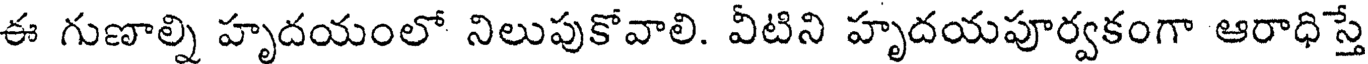
ఈ గుణాల్ని హృదయంలో నిలుపుకోవాలి. వీటిని హృదయపూర్వకంగా ఆరాధిస్తే